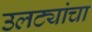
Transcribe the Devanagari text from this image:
उलट्यांचा